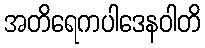
အတိရေကပါဒေနဝါတိ